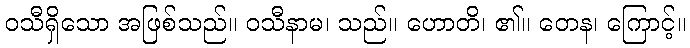
ဝသီရှိသော အဖြစ်သည်။ ဝသီနာမ၊ သည်။ ဟောတိ၊ ၏။ တေန၊ ကြောင့်။